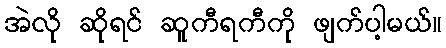
အဲလို ဆိုရင် ဆူကီရကီကို ဖျက်ပါ့မယ်။